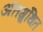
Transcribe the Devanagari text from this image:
अंतग्र्रंथित